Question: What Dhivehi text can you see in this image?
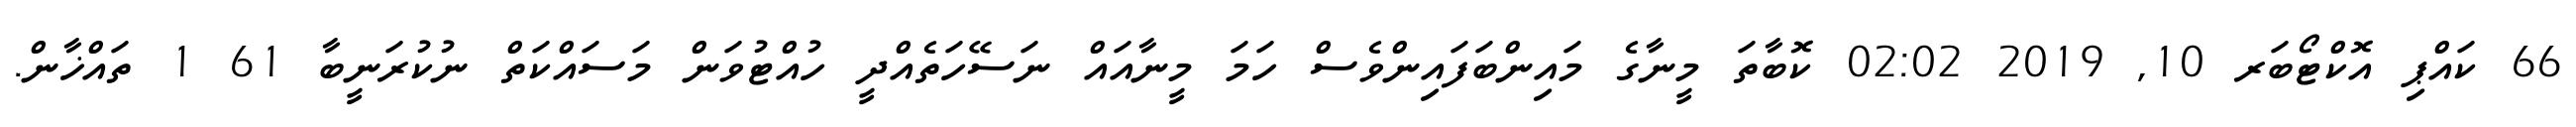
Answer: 66 ކައްޕި އޮކްޓޯބަރ 10, 2019 02:02 ކޮބާތަ މީނާގެ މައިންބަފައިންވެސް ހަމަ މީނާއައް ނަސޭހަތެއްދީ ހުއްޓުވަން މަސައްކަތް ނުކުރަނީބާ 61 1 ތައްޚާން.